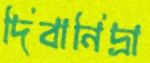
দিবানিদ্রা